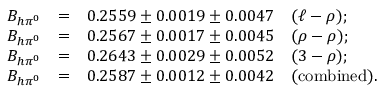
\begin{array} { r c l } { { { \cal B } _ { h \pi ^ { 0 } } } } & { { = } } & { { 0 . 2 5 5 9 \pm 0 . 0 0 1 9 \pm 0 . 0 0 4 7 \quad ( \ell - \rho ) ; } } \\ { { { \cal B } _ { h \pi ^ { 0 } } } } & { { = } } & { { 0 . 2 5 6 7 \pm 0 . 0 0 1 7 \pm 0 . 0 0 4 5 \quad ( \rho - \rho ) ; } } \\ { { { \cal B } _ { h \pi ^ { 0 } } } } & { { = } } & { { 0 . 2 6 4 3 \pm 0 . 0 0 2 9 \pm 0 . 0 0 5 2 \quad ( 3 - \rho ) ; } } \\ { { { \cal B } _ { h \pi ^ { 0 } } } } & { { = } } & { { 0 . 2 5 8 7 \pm 0 . 0 0 1 2 \pm 0 . 0 0 4 2 \quad ( \mathrm { c o m b i n e d } ) . } } \end{array}